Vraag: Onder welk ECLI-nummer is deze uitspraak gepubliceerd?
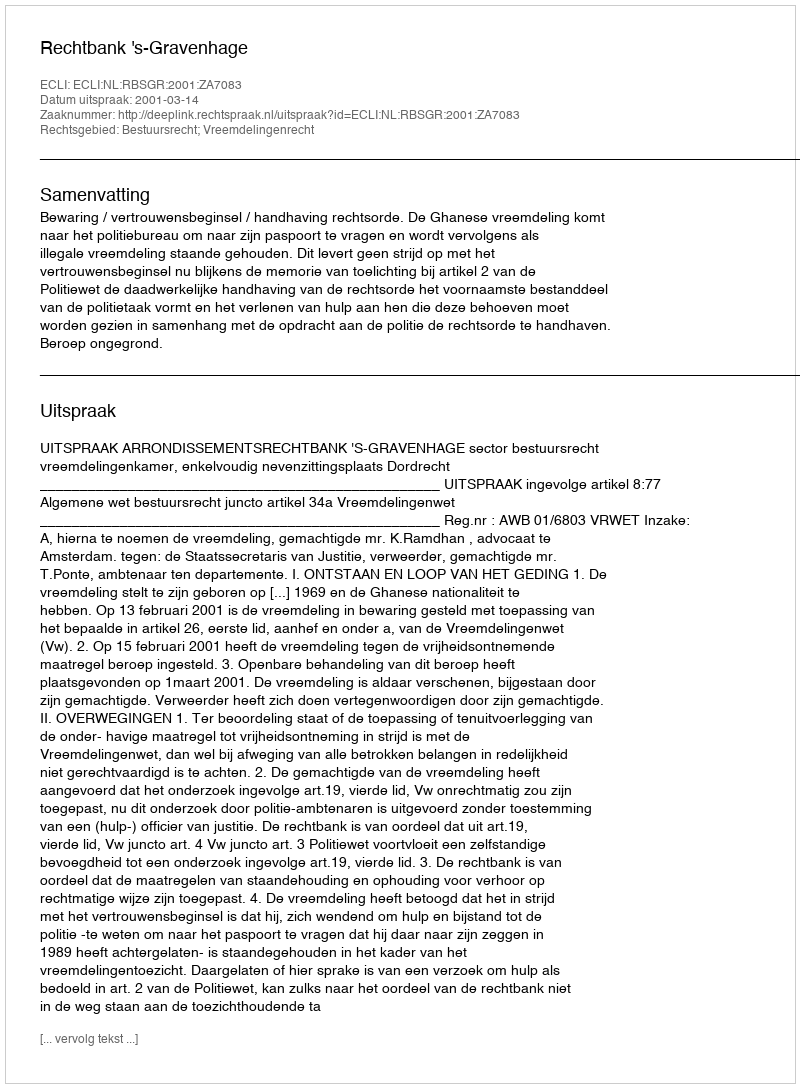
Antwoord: ECLI:NL:RBSGR:2001:ZA7083